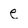
Character: e